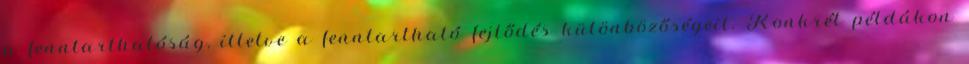
a fenntarthatóság, illetve a fenntartható fejlődés különbözőségeit. Konkrét példákon